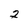
Character: 2